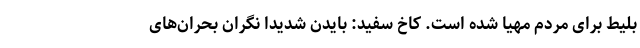
بلیط برای مردم مهیا شده است. کاخ سفید: بایدن شدیداً نگران بحران‌های